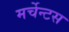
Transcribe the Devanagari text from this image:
मर्चेन्टस